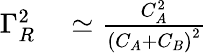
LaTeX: \begin{array}{rl}{\Gamma_{R}^{2}}&{{}\simeq\frac{C_{A}^{2}}{{(C_{A}+C_{B})}^{2}}}\end{array}